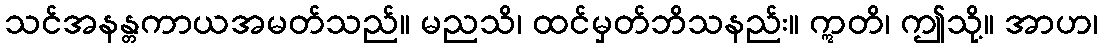
သင်အနန္တကာယအမတ်သည်။ မညသိ၊ ထင်မှတ်ဘိသနည်း။ ဣတိ၊ ဤသို့။ အာဟ၊